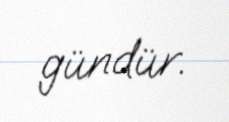
gündür.